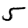
Digit: 5